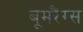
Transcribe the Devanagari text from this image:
बूमरैंग्स